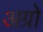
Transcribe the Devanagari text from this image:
अग्रो